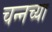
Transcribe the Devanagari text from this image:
चन्नच्या